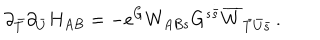
\partial _ { \bar { T } } \partial _ { \bar { U } } H _ { A B } = - e ^ { G } W _ { A B s } G ^ { s { \bar { s } } } \overline { { { W } } } _ { { \bar { T } } { \bar { U } } { \bar { s } } } \, .